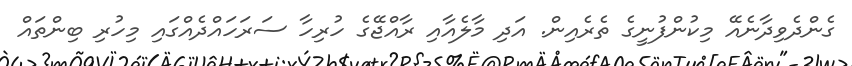
ގެންދެވިދާނެއޭ މިކުންފުނީގެ ތެރެއިން. އަދި މާލެއާއި ރާއްޖޭގެ ހުރިހާ ސަރަހައްދެއްގައި މިހުރި ބިންތައް